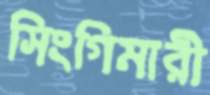
সিংগিমারী